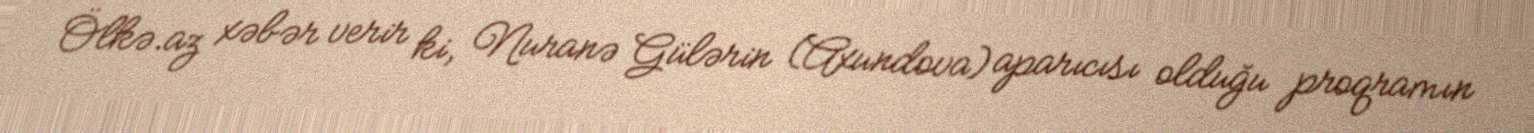
Ölkə.az xəbər verir ki, Nuranə Gülərin (Axundova) aparıcısı olduğu proqramın